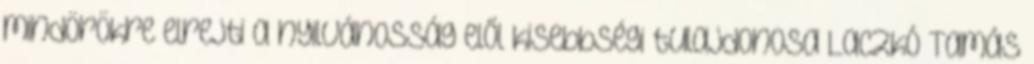
mindörökre elrejti a nyilvánosság elől kisebbségi tulajdonosa Laczkó Tamás